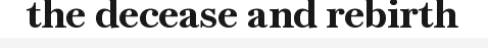
the decease and rebirth